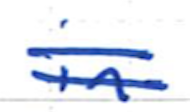
Text: in
Cross-out: double-line
Writing tool: ballpoint